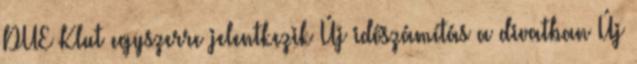
DUE Klut egyszerre jelentkezik Új időszámítás a divatban Új